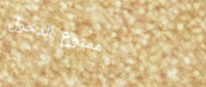
ممنوع الدخول